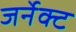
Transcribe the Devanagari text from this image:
जर्नेक्ट